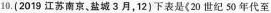
10.(2019江苏南京，盐城3月，12)下表是《20世纪50年代至